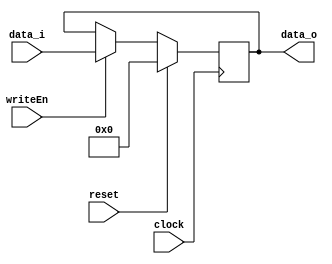
module Reg(clock,reset,data_i,writeEn,data_o);
   parameter Size = 8;
   input wire [('d1) - ('b1):0]  clock;
   input wire [('d1) - ('b1):0]  reset;
   input wire [(Size) - ('b1):0] data_i;
   input wire [('d1) - ('b1):0]  writeEn;
   output reg [(Size) - ('b1):0] data_o;
   always @ (posedge clock) begin
      if (reset) begin
	 data_o <= {Size{1'b0}};
      end
      else begin
	if (writeEn) begin
	   data_o <= data_i;
	end
      end
   end
endmodule